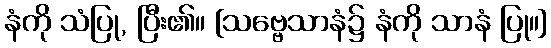
နံကို သံပြု, ပြီး၏။ [သဗ္ဗေသာနံ၌ နံကို သာနံ ပြု။]